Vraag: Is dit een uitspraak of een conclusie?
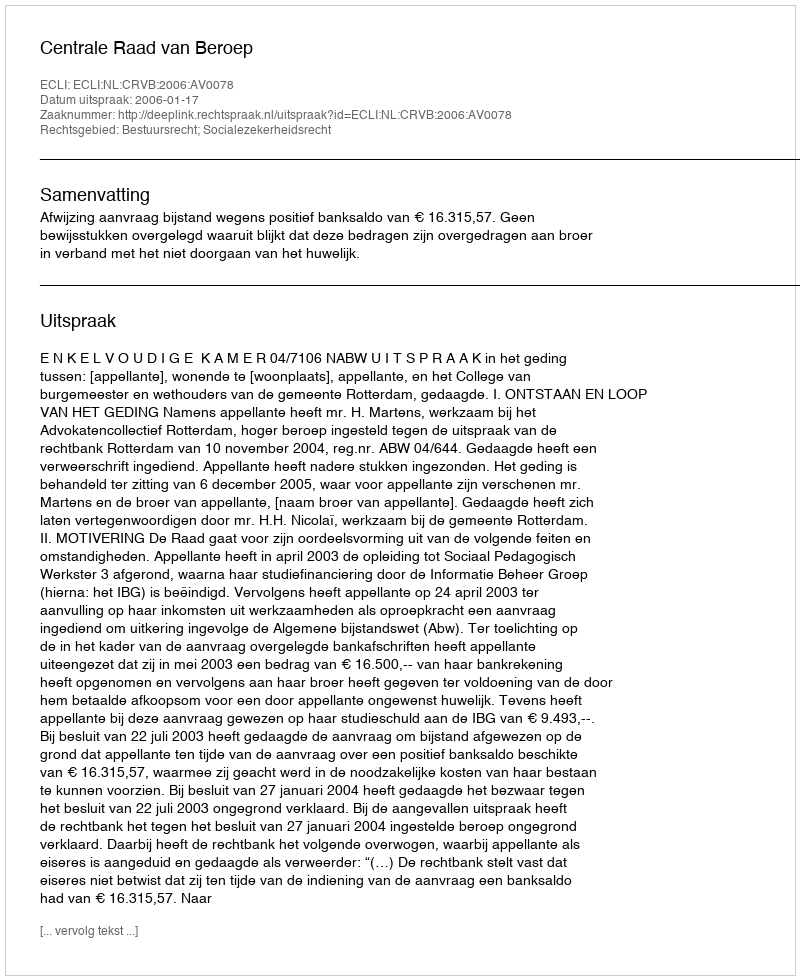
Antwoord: Uitspraak